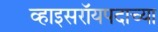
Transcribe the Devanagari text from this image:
व्हाइसरॉयपदाच्या